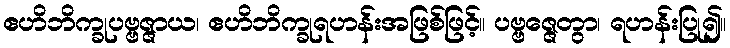
ဧဟိဘိက္ခုပဗ္ဗဇ္ဇာယ၊ ဧဟိဘိက္ခုရဟန်းအဖြစ်ဖြင့်။ ပဗ္ဗဇ္ဇေတွာ၊ ရဟန်းပြု၍။